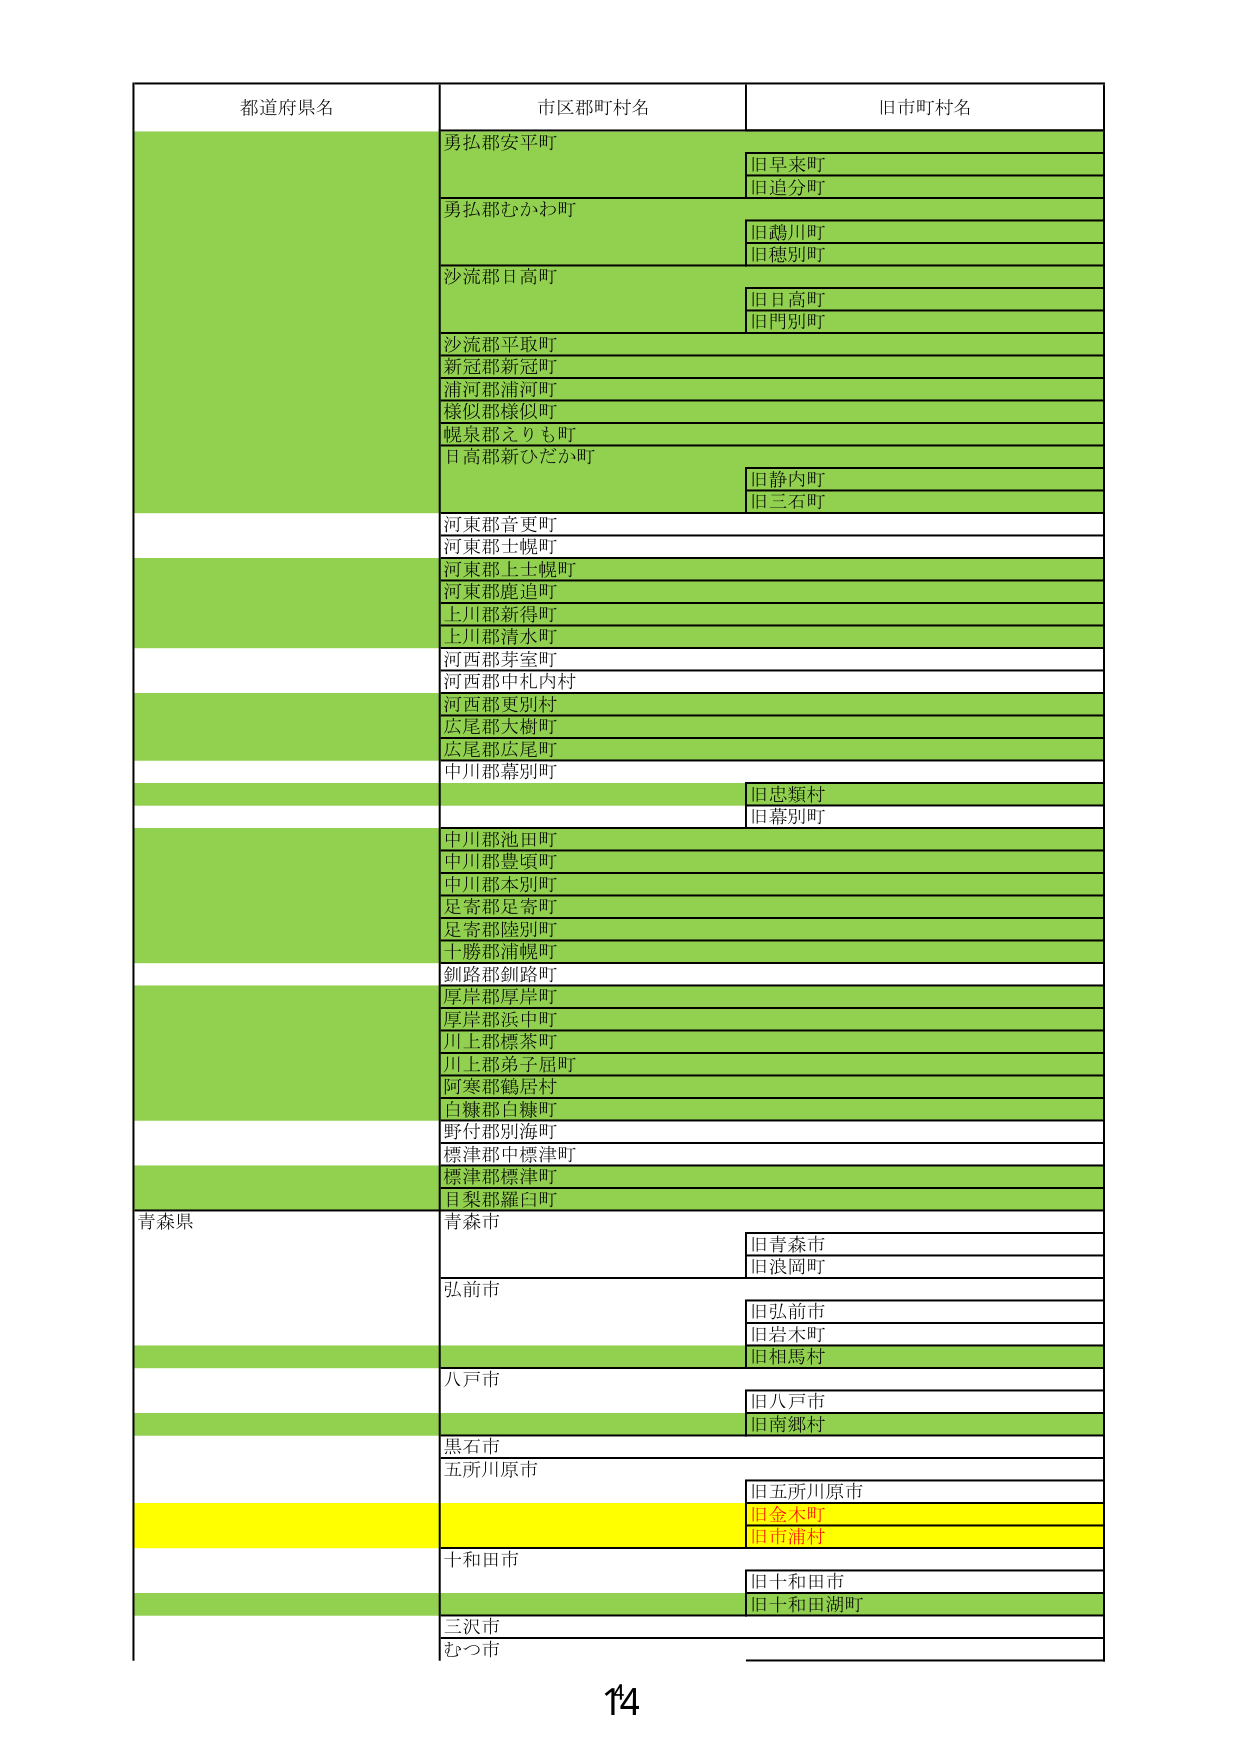
都道府県名 市区郡町村名 旧市町村名
勇払郡安平町 旧早来町
旧追分町
勇払郡むかわ町 旧鵡川町
旧穂別町
沙流郡日高町 旧日高町
旧門別町
沙流郡平取町
新冠郡新冠町
浦河郡浦河町
様似郡様似町
幌泉郡えりも町
日高郡新ひだか町 旧静内町
旧三石町
河東郡音更町
河東郡士幌町
河東郡上士幌町
河東郡鹿追町
上川郡新得町
上川郡清水町
河西郡芽室町
河西郡中札内村
河西郡更別村
広尾郡大樹町
広尾郡広尾町
中川郡幕別町 旧忠類村
旧幕別町
中川郡池田町
中川郡豊頃町
中川郡本別町
足寄郡足寄町
足寄郡陸別町
十勝郡浦幌町
釧路郡釧路町
厚岸郡厚岸町
厚岸郡浜中町
川上郡標茶町
川上郡弟子屈町
阿寒郡鶴居村
白糠郡白糠町
野付郡別海町
標津郡中標津町
標津郡標津町
目梨郡羅臼町
青森県 青森市 旧青森市
旧浪岡町
弘前市 旧弘前市
旧岩木町
旧相馬村
八戸市 旧八戸市
旧南郷村
黒石市
五所川原市 旧五所川原市
旧金木町
旧市浦村
十和田市 旧十和田市
旧十和田湖町
三沢市
むつ市
14